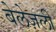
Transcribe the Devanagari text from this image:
बेलेज़ली